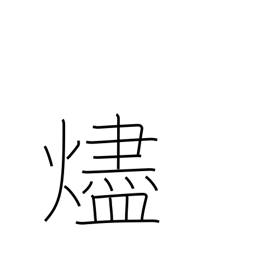
Meaning: embers